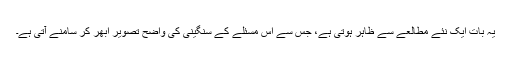
یہ بات ایک نئے مطالعے سے ظاہر ہوتی ہے، جس سے اس مسئلے کے سنگینی کی واضح تصویر ابھر کر سامنے آتی ہے۔